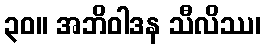
၃၀။ အဘိဝါဒန သီလိဿ၊